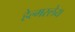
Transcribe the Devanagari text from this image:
हेल्मस्लेय